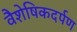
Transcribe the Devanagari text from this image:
वैशेषिकदर्पण